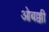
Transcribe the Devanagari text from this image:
ओबक्की